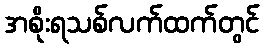
အစိုးရသစ်လက်ထက်တွင်